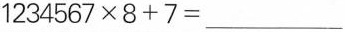
$$1 2 3 4 5 6 7\times 8 + 7 = _ _ _ $$